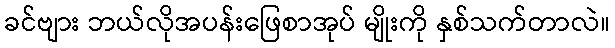
ခင်ဗျား ဘယ်လိုအပန်းဖြေစာအုပ် မျိုးကို နှစ်သက်တာလဲ။